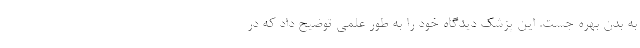
به بدن بهره جست. این پزشک دیدگاه خود را به طور علمی توضیح داد که در